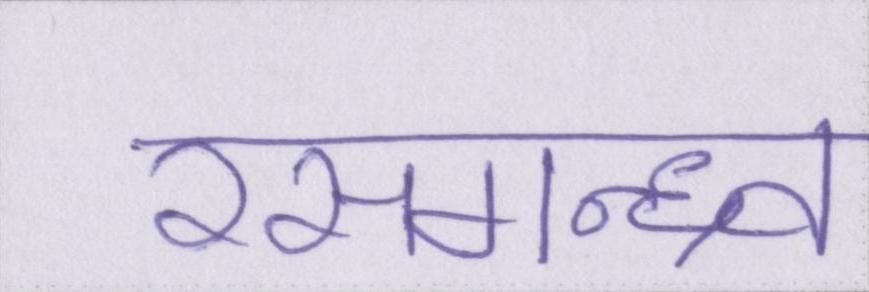
रसगन्ध्र्व